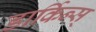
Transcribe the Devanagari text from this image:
डार्किन्स्